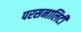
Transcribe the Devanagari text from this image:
परसनालिटी